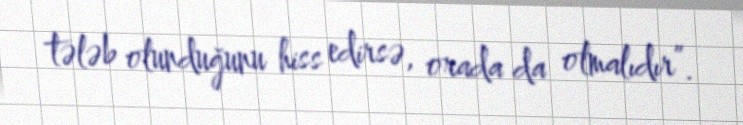
tələb olunduğunu hiss edirsə, orada da olmalıdır”.